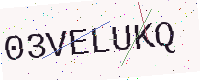
Text: 03VELUKQ